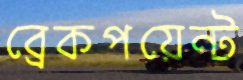
ব্রেকপয়েন্ট